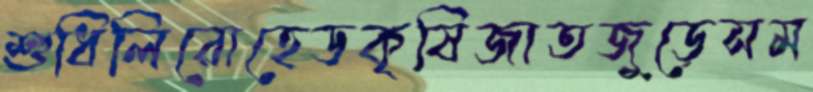
শুধিলিরোহেডকৃষিজাতজুড়েসম